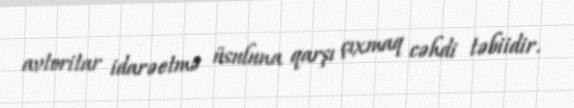
avtoritar idarəetmə üsuluna qarşı çıxmaq cəhdi təbiidir.